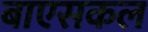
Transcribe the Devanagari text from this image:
बाएसकल